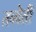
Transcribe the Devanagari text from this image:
तब्येती